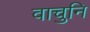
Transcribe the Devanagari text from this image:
वाचुनि